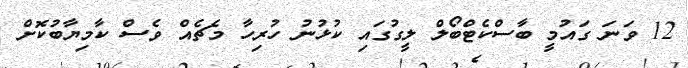
12 ވަނަ ގައުމީ ބާސްކެޓްބޯލް ލީގުގައި ކުޅުނު ހުރިހާ މެޗެއް ވެސް ކާމިޔާބުކޮށް